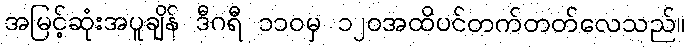
အမြင့်ဆုံးအပူချိန် ဒီဂရီ ၁၁၀မှ ၁၂၀အထိပင်တက်တတ်လေသည်။